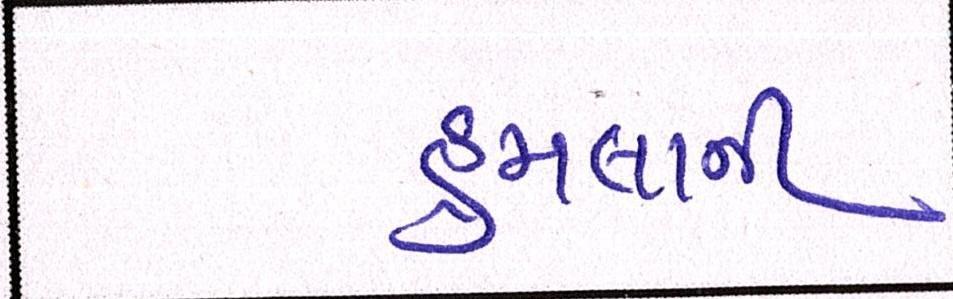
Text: હુમલાની